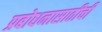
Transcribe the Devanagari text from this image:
प्रबोधनासाठीची